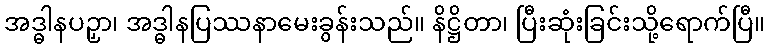
အဒ္ဓါနပဉှာ၊ အဒ္ဓါနပြဿနာမေးခွန်းသည်။ နိဋ္ဌိတာ၊ ပြီးဆုံးခြင်းသို့ရောက်ပြီ။